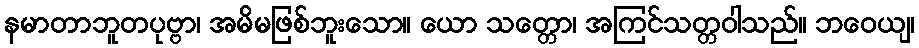
နမာတာဘူတပုဗ္ဗာ၊ အမိမဖြစ်ဘူးသော။ ယော သတ္တော၊ အကြင်သတ္တဝါသည်။ ဘဝေယျ၊